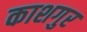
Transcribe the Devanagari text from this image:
काशगुर